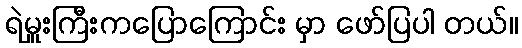
ရဲမှူးကြီးကပြောကြောင်း မှာ ဖော်ပြပါ တယ်။